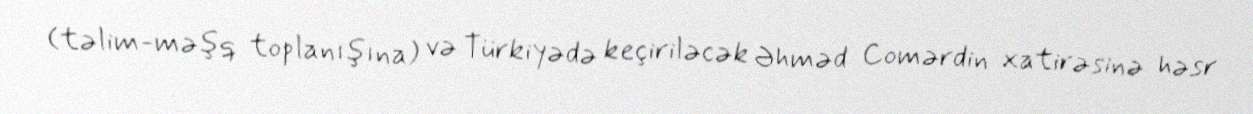
(təlim-məşq toplanışına) və Türkiyədə keçiriləcək Əhməd Comərdin xatirəsinə həsr